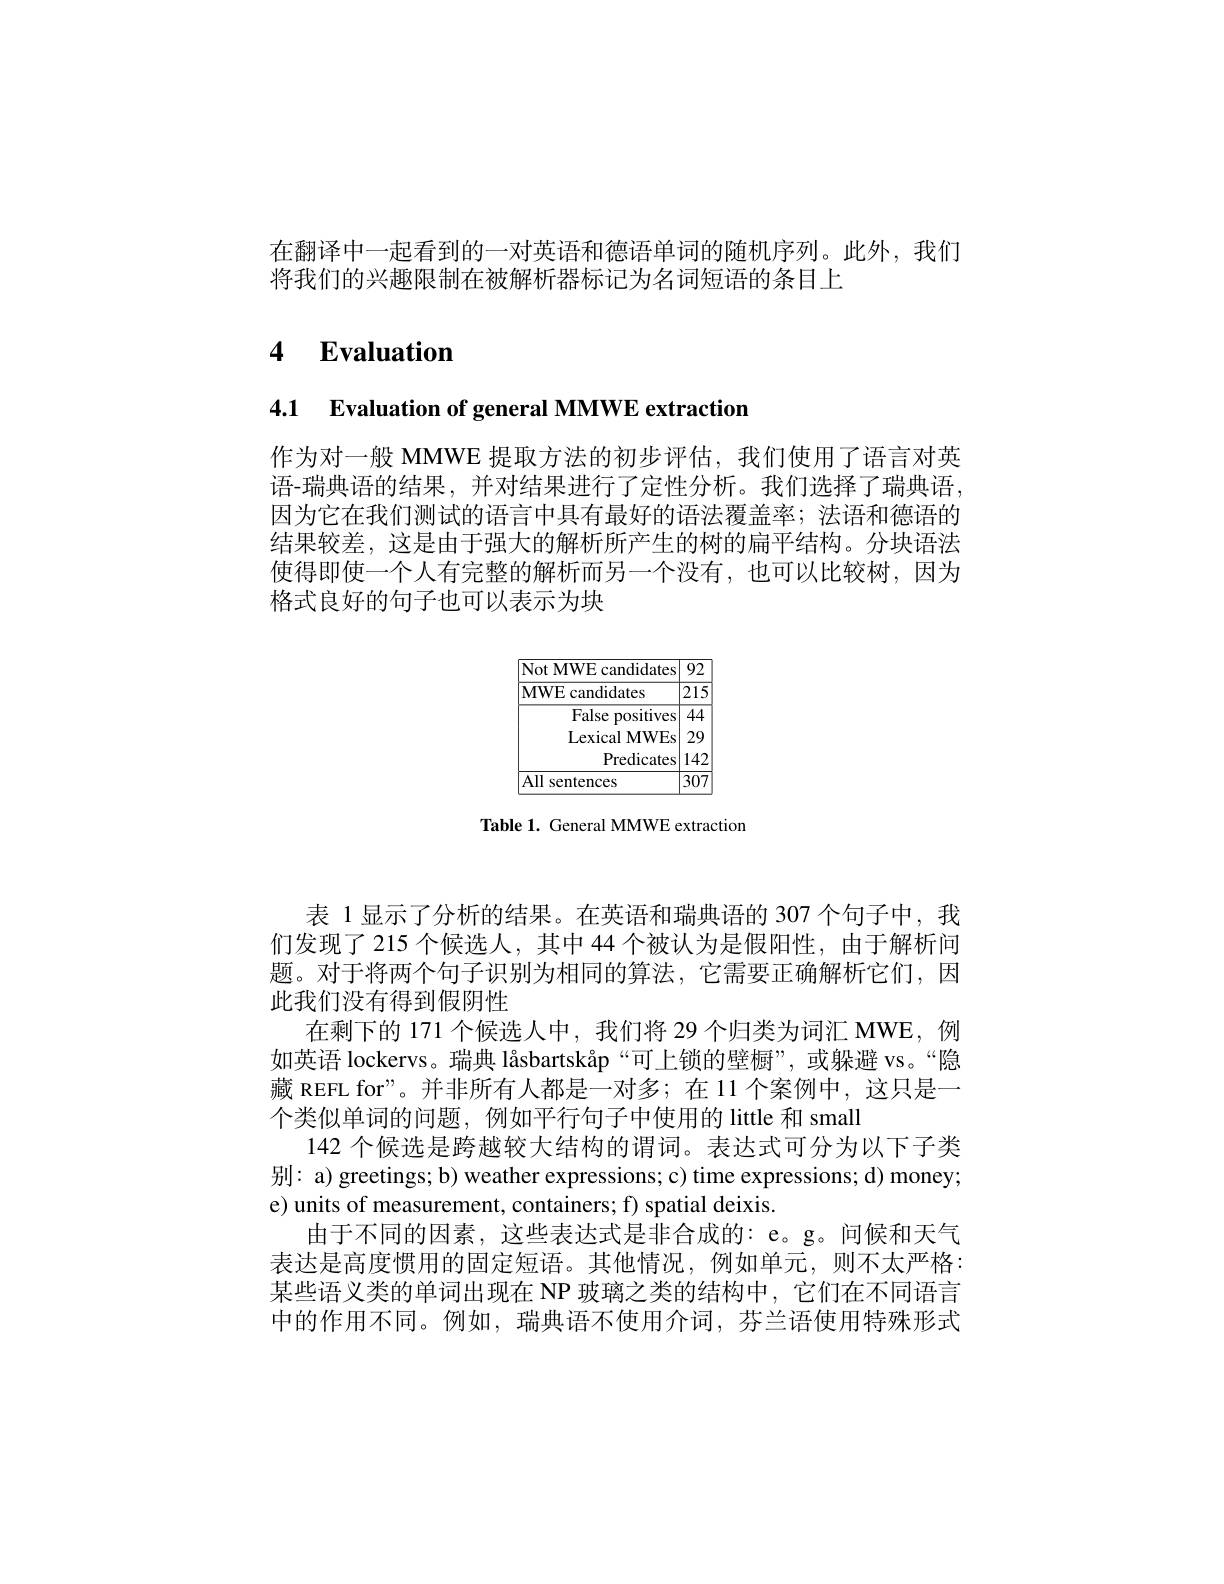
在翻译中一起看到的一对英语和德语单词的随机序列。此外，我们
将我们的兴趣限制在被解析器标记为名词短语的条目上

# 4 $\textbf{Evaluation}$

4.1 Evaluation of general MMWE extraction

作为对一般 MMWE 提取方法的初步评估，我们使用了语言对英语-瑞典语的结果，并对结果进行了定性分析。我们选择了瑞典语， 因为它在我们测试的语言中具有最好的语法覆盖率；法语和德语的结果较差，这是由于强大的解析所产生的树的扁平结构。分块语法使得即使一个人有完整的解析而另一个没有，也可以比较树，因为格式良好的句子也可以表示为块

<FigureHere>

Table 1. General MMWE extraction

表 1 显示了分析的结果。在英语和瑞典语的 307 个句子中，我们发现了 215 个候选人，其中 44 个被认为是假阳性，由于解析问题。对于将两个句子识别为相同的算法，它需要正确解析它们，因此我们没有得到假阴性
在剩下的 171 个候选人中，我们将 29 个归类为词汇 MWE,例如英语 lockervs。瑞典 låsbartskåp“可上锁的壁橱”,或躲避 vs。“隐藏 REFL for”。并非所有人都是一对多；在 11 个案例中，这只是一个类似单词的问题，例如平行句子中使用的 little 和 small
142 个候选是跨越较大结构的谓词。表达式可分为以下子类别：a) greetings; b) weather expressions; c) time expressions; d) money; e) units of measurement, containers; f) spatial deixis.
由于不同的因素，这些表达式是非合成的：e。g。问候和天气表达是高度惯用的固定短语。其他情况，例如单元，则不太严格： 某些语义类的单词出现在 NP 玻璃之类的结构中，它们在不同语言中的作用不同。例如，瑞典语不使用介词，芬兰语使用特殊形式